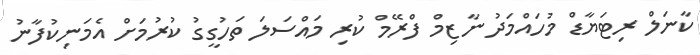
ކާނަލް ރިޓަޔާޑް މުހައްމަދު ނާޒިމް ފްރޭމް ކުރި މައްސަލަ ތަހުގީގު ކުރުމަށް އެމަނިކުފާނު